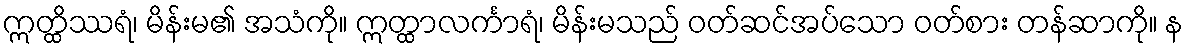
ဣတ္ထိဿရံ၊ မိန်းမ၏ အသံကို။ ဣတ္ထာလင်္ကာရံ၊ မိန်းမသည် ဝတ်ဆင်အပ်သော ဝတ်စား တန်ဆာကို။ န